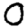
Digit: 0